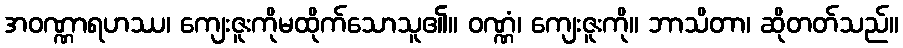
အဝဏ္ဏာရဟဿ၊ ကျေးဇူးကိုမထိုက်သောသူ၏။ ဝဏ္ဏံ၊ ကျေးဇူးကို။ ဘာသိတာ၊ ဆိုတတ်သည်။